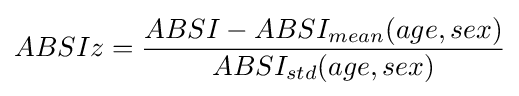
ABSIz={{ABSI-ABSI_{mean}(age,sex)} \over {ABSI_{std}(age,sex)}}